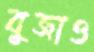
বুজাও